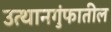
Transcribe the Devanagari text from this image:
उत्थानगुंफातील